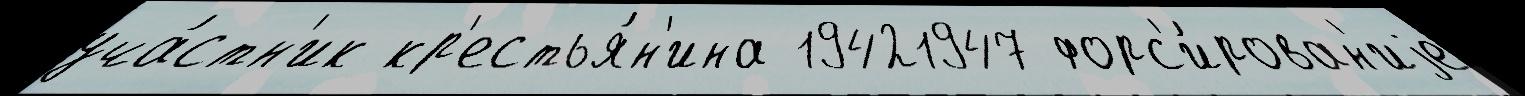
уча́стн'ик кр'естья́н'ина 19421947 форс'и́рован'иjе